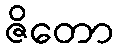
ဇိတော